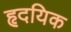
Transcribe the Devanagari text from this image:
हृदयिक